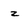
Character: z